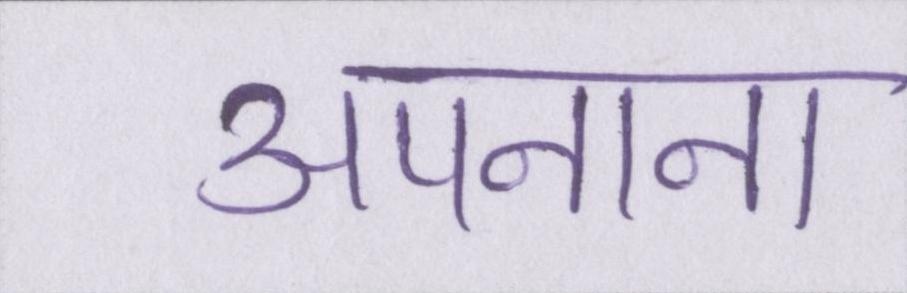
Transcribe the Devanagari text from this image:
अपनाना